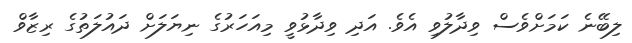
ލިބޭނެ ކަމަށްވެސް ވިދާލުވި އެވެ. އަދި ވިދާޅުވީ މިއަހަރުގެ ނިޔަލަށް ދައުލަތުގެ ރިޒާވް